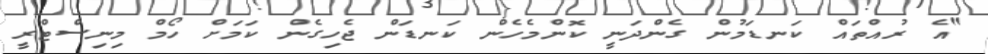
"އެ ރުއްތައް ކަނޑަމުން ގެންދަނީ ކޮންމެހެން ކަނޑަން ޖެހިގެން ކަމަށް ހޯމް މިނިސްޓްރީ